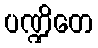
ပဏ္ဍိတေ